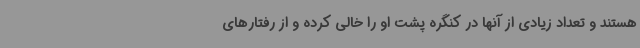
هستند و تعداد زیادی از آنها در کنگره پشت او را خالی کرده و از رفتارهای